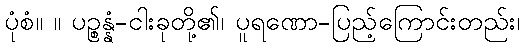
ပုံစံ။ ။ ပဉ္စန္နံ-ငါးခုတို့၏၊ ပူရဏော-ပြည့်ကြောင်းတည်း၊